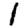
Digit: 1